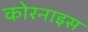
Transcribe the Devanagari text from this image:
कोरनाइस